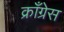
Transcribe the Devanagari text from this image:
क्राँग्रेस